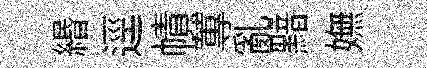
緡逕幘蓴亂黯嫵